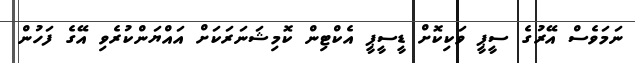
ނަމަވެސް އޭރުގެ ސީޕީ ވަކިކޮށް ޑީސީޕީ އެކްޓިން ކޮމިޝަނަރަކަށް އައްޔަންކުރެވި އޭގެ ފަހުން